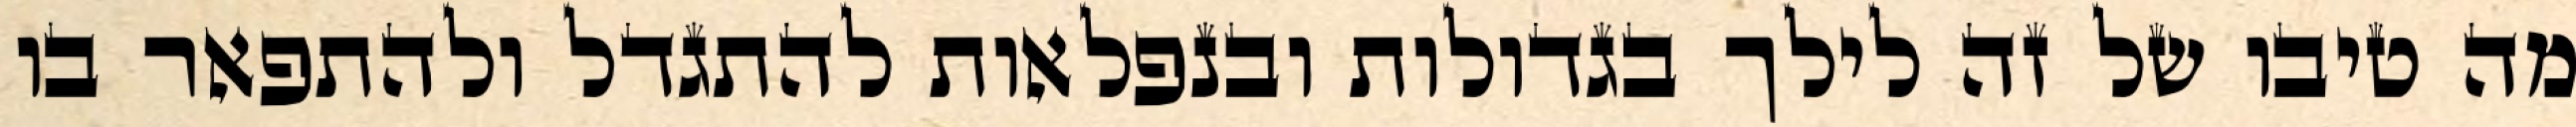
מה טיבו של זה לילך בגדולות ובנפלאות להתגדל ולהתפאר בו